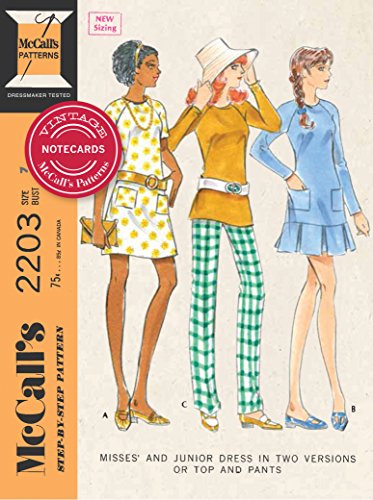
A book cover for Vintage McCall's Patterns Notecards; The McCall Pattern Company; Crafts, Hobbies & Home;